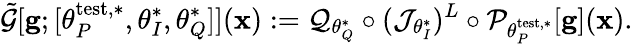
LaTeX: \tilde{\mathcal{G}}[\mathbf{g};[\theta_{P}^{\mathrm{test},*},\theta_{I}^{*},\theta_{Q}^{*}]](\mathbf{x}):=\mathcal{Q}_{\theta_{Q}^{*}}\circ(\mathcal{J}_{\theta_{I}^{*}})^{L}\circ\mathcal{P}_{\theta_{P}^{\mathrm{test},*}}[\mathbf{g}](\mathbf{x}).